King Institute of Preventive Medicine Micro-Biological Section reports 1909-11
Year: 1909
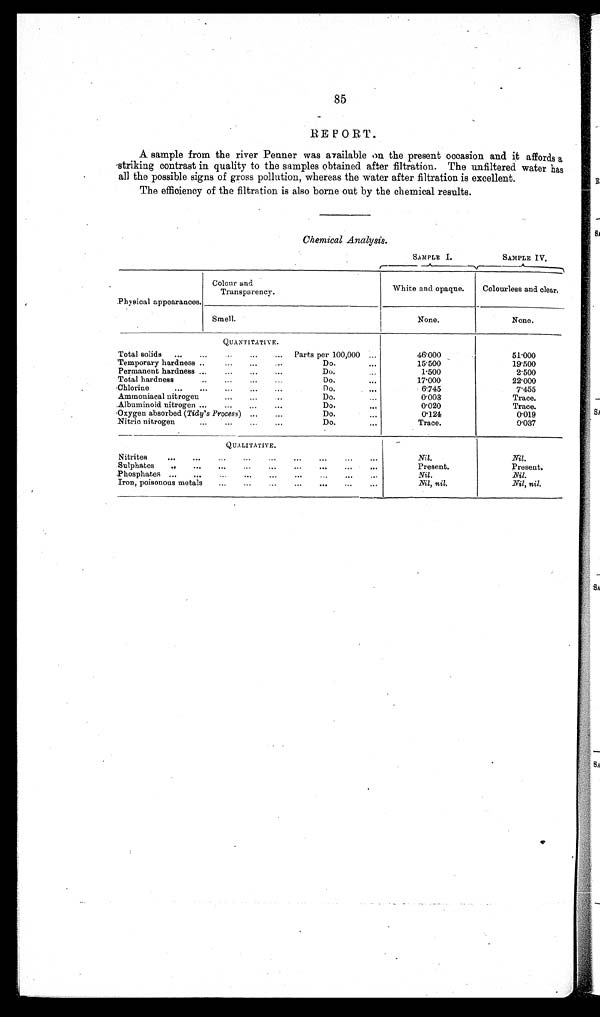
85
REPORT.
A sample from the river Penner was available on the present occasion and it affords a
striking contrast in quality to the samples obtained after filtration, The unfiltered water has
all the possible signs of gross pollution, whereas the water after filtration is excellent.
The efficiency of the filtration is also borne out by the chemical results.
Chemical Analysis.